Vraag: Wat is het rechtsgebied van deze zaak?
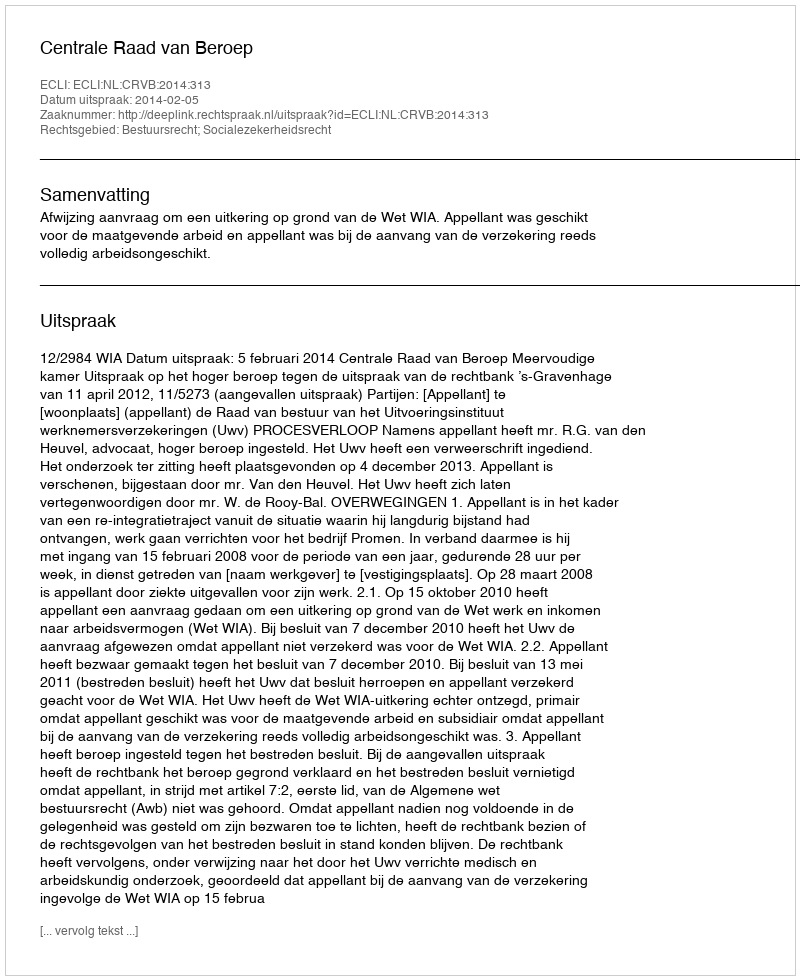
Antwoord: Bestuursrecht; Socialezekerheidsrecht